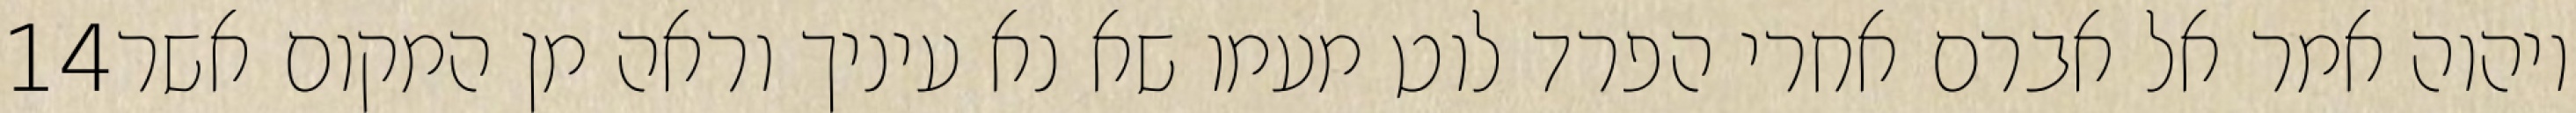
‎14‏ ויהוה אמר אל אברם אחרי הפרד לוט מעמו שא נא עיניך וראה מן המקום אשר